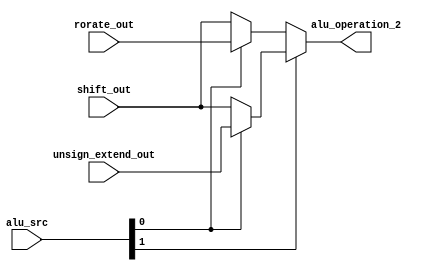
module mux2(alu_src,unsign_extend_out,shift_out,rorate_out,alu_operation_2);

input [1:0]alu_src;
input [31:0]unsign_extend_out,shift_out,rorate_out;

output wire [31:0]alu_operation_2;

assign alu_operation_2 = alu_src[1]?( alu_src[0]? (unsign_extend_out):(shift_out) ):( alu_src[0]?( rorate_out):(shift_out) );

endmodule